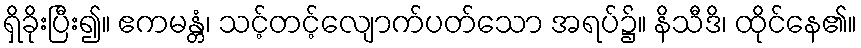
ရှိခိုးပြီး၍။ ဧကမန္တံ၊ သင့်တင့်လျောက်ပတ်သော အရပ်၌။ နိသီဒိ၊ ထိုင်နေ၏။